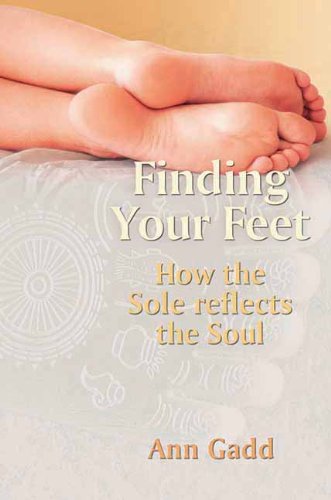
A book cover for Finding Your Feet: How the Sole Reflects the Soul; Ann Gadd; Medical Books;